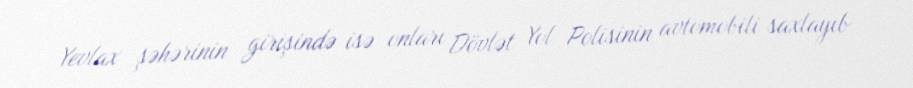
Yevlax şəhərinin girişində isə onları Dövlət Yol Polisinin avtomobili saxlayıb